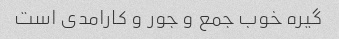
گیره خوب جمع و جور و کارامدی است